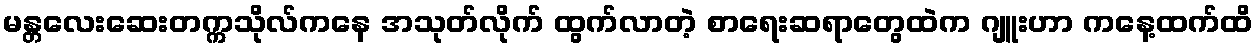
မန္တလေးဆေးတက္ကသိုလ်ကနေ အသုတ်လိုက် ထွက်လာတဲ့ စာရေးဆရာတွေထဲက ဂျူးဟာ ကနေ့ထက်ထိ